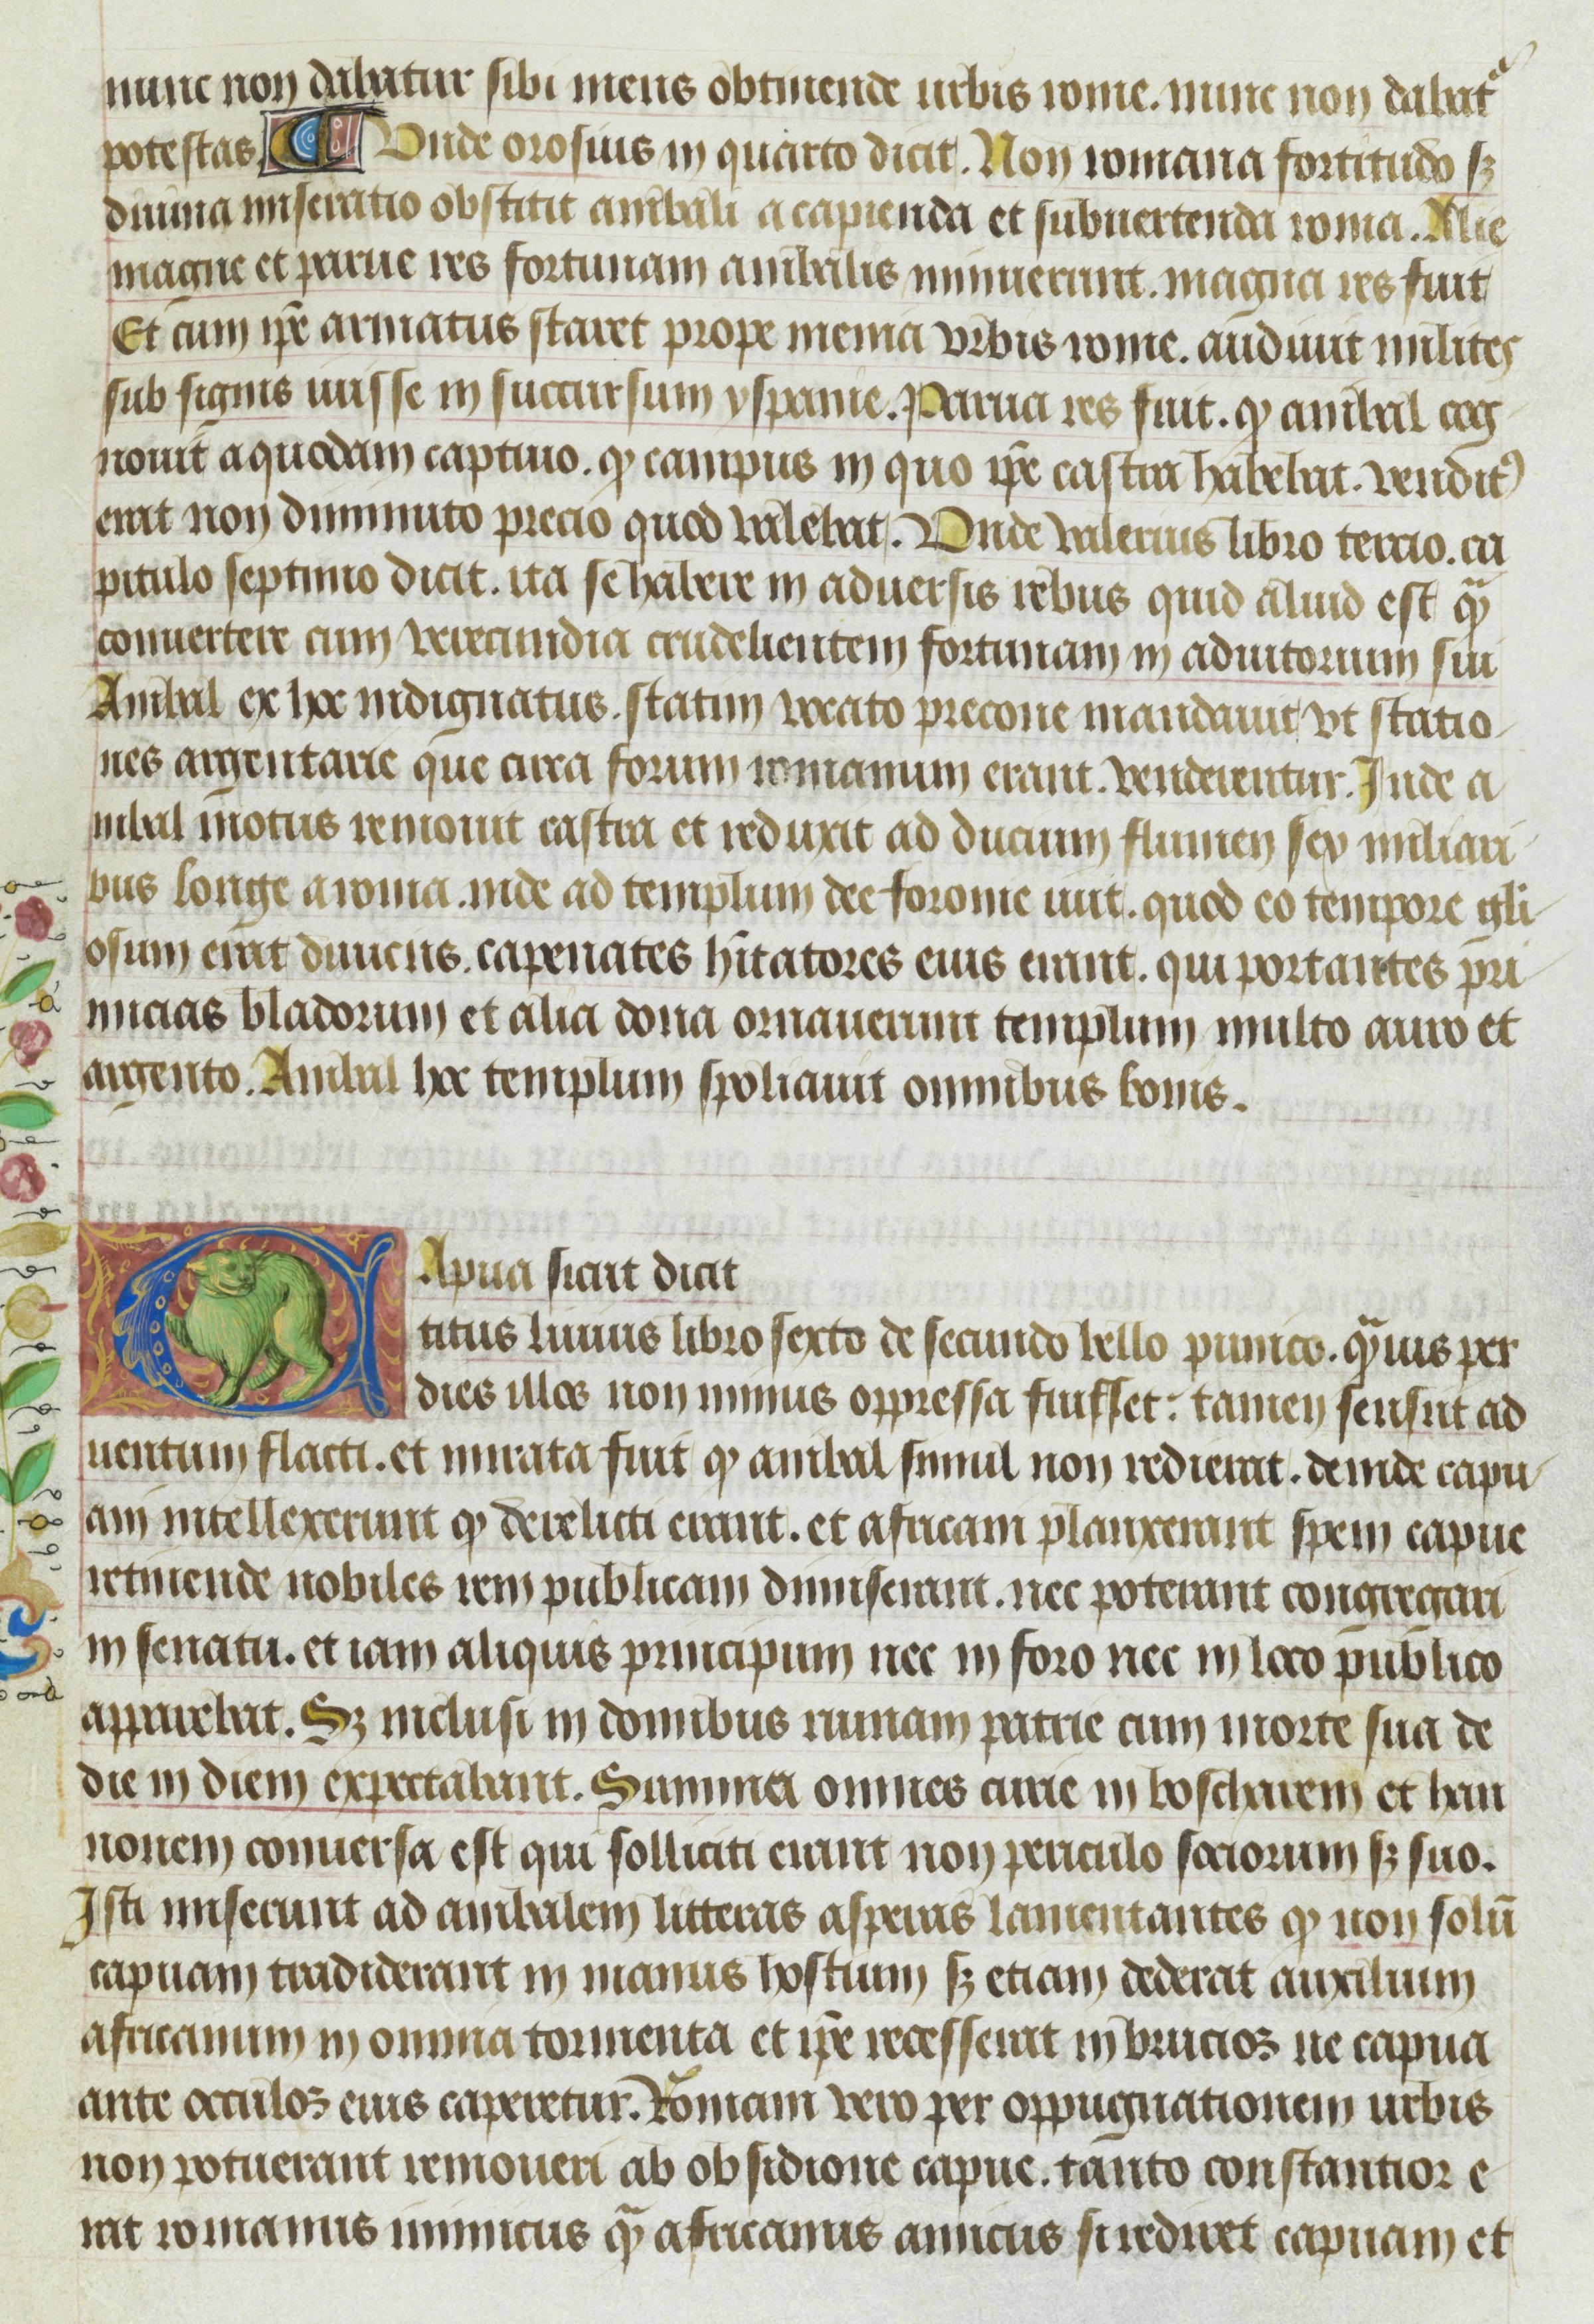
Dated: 1400–1499